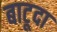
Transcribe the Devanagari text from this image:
बाटूदा